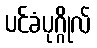
ပင်ခံပုဂ္ဂိုလ်